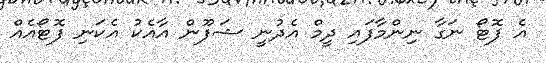
އެ ފޮޓޯ ނަގާ ނިންމާފައި ދީމް އެދުނީ ޝަފޫން އާއެކު އެކަނި ފޮޓޯއެއް